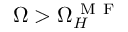
\Omega > \Omega _ { H } ^ { \mathrm { ~ M ~ F ~ } }